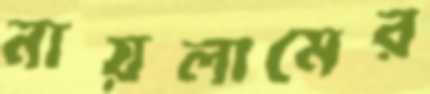
নায়লামের